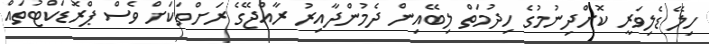
ހިލޭ ޑެލިވަރީ ކޮށްދިނުމުގެ ހިދުމަތް ލިބޭއިން ދެމުންދާއިރު ރާއްޖޭގެ ރަށްތަކަށް ވެސް ޕްރޮޑަކްޓުތައް